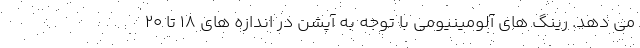
می دهد. رینگ های آلومینیومی با توجه به آپشن در اندازه های 18 تا 20